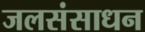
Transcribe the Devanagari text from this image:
जलसंसाधन